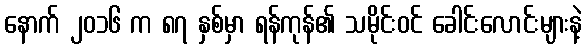
နောက် ၂၀၁၆ က ၈၇ နှစ်မှာ ရန်ကုန်၏ သမိုင်းဝင် ခေါင်းလောင်းများနဲ့